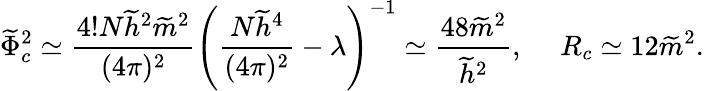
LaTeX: \widetilde{\Phi}_{c}^{2}\simeq\frac{4!N\widetilde{h}^{2}\widetilde{m}^{2}}{(4\pi)^{2}}\left(\frac{N\widetilde{h}^{4}}{(4\pi)^{2}}-\lambda\right)^{-1}\simeq\frac{48\widetilde{m}^{2}}{\widetilde{h}^{2}},\ \ \ \ \ R_{c}\simeq 12\widetilde{m}^{2}.